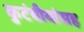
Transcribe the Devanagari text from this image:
कुटंबीयांसह